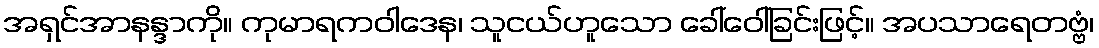
အရှင်အာနန္ဒာကို။ ကုမာရကဝါဒေန၊ သူငယ်ဟူသော ခေါ်ဝေါ်ခြင်းဖြင့်။ အပသာရေတဗ္ဗံ၊